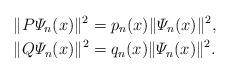
LaTeX: \begin{align*}&\|P\varPsi_n(x)\|^2 = p_n(x)\|\varPsi_n(x)\|^2, \\&\|Q\varPsi_n(x)\|^2 = q_n(x)\|\varPsi_n(x)\|^2. \end{align*}